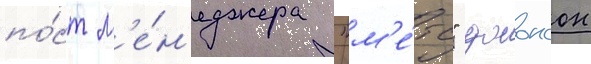
по́ст м'е́н'еджера "м'е́тс" джонсон